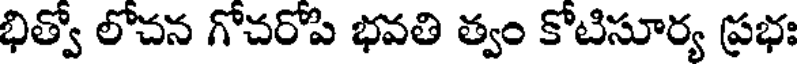
భిత్వో లోచన గోచరోపి భవతి త్వం కోటిసూర్య ప్రభః